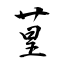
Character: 葟